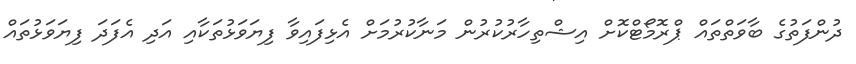
ދުންފަތުގެ ބާވަތްތައް ޕްރޮމޯޓްކޮށް އިޝްތިހާރުކުރުން މަނާކުރުމަށް އެޅިފައިވާ ފިޔަވަޅުތަކާއި އަދި އެފަދަ ފިޔަވަޅުތައް